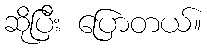
ဆိုပြီး ပြောတယ်။